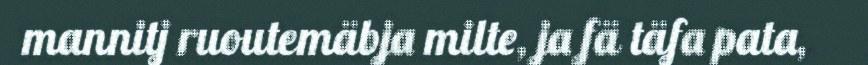
mannitj ruoutemäbja milte, ja fä täfa pata,